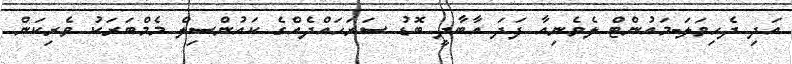
އަދި ދެހިވަލަ-މައުންޓް ލެވެނިއާ ފަދަ އާބާދީ ބޮޑު ސަރަހައްދެއްގެ ކައުންސިލް މެމްބަރަކު ވެރިކަން